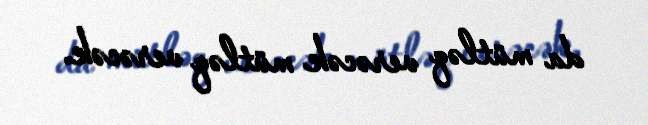
da mütləq verəcək mütləq verəcək.